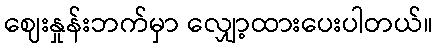
ဈေးနှုန်းဘက်မှာ လျှော့ထားပေးပါတယ်။